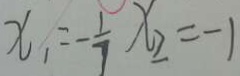
x _ { 1 } = - \frac { 1 } { 7 } x _ { 2 } = - 1